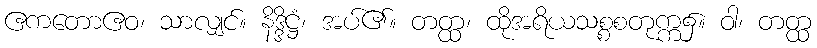
ဧကတောဧဝ၊ သာလျှင်။ နိဒ္ဒိဋ္ဌံ၊ အပ်၏။ တတ္ထ၊ ထိုအရိယသစ္စစတုက္က၌။ ဝါ၊ တတ္ထ